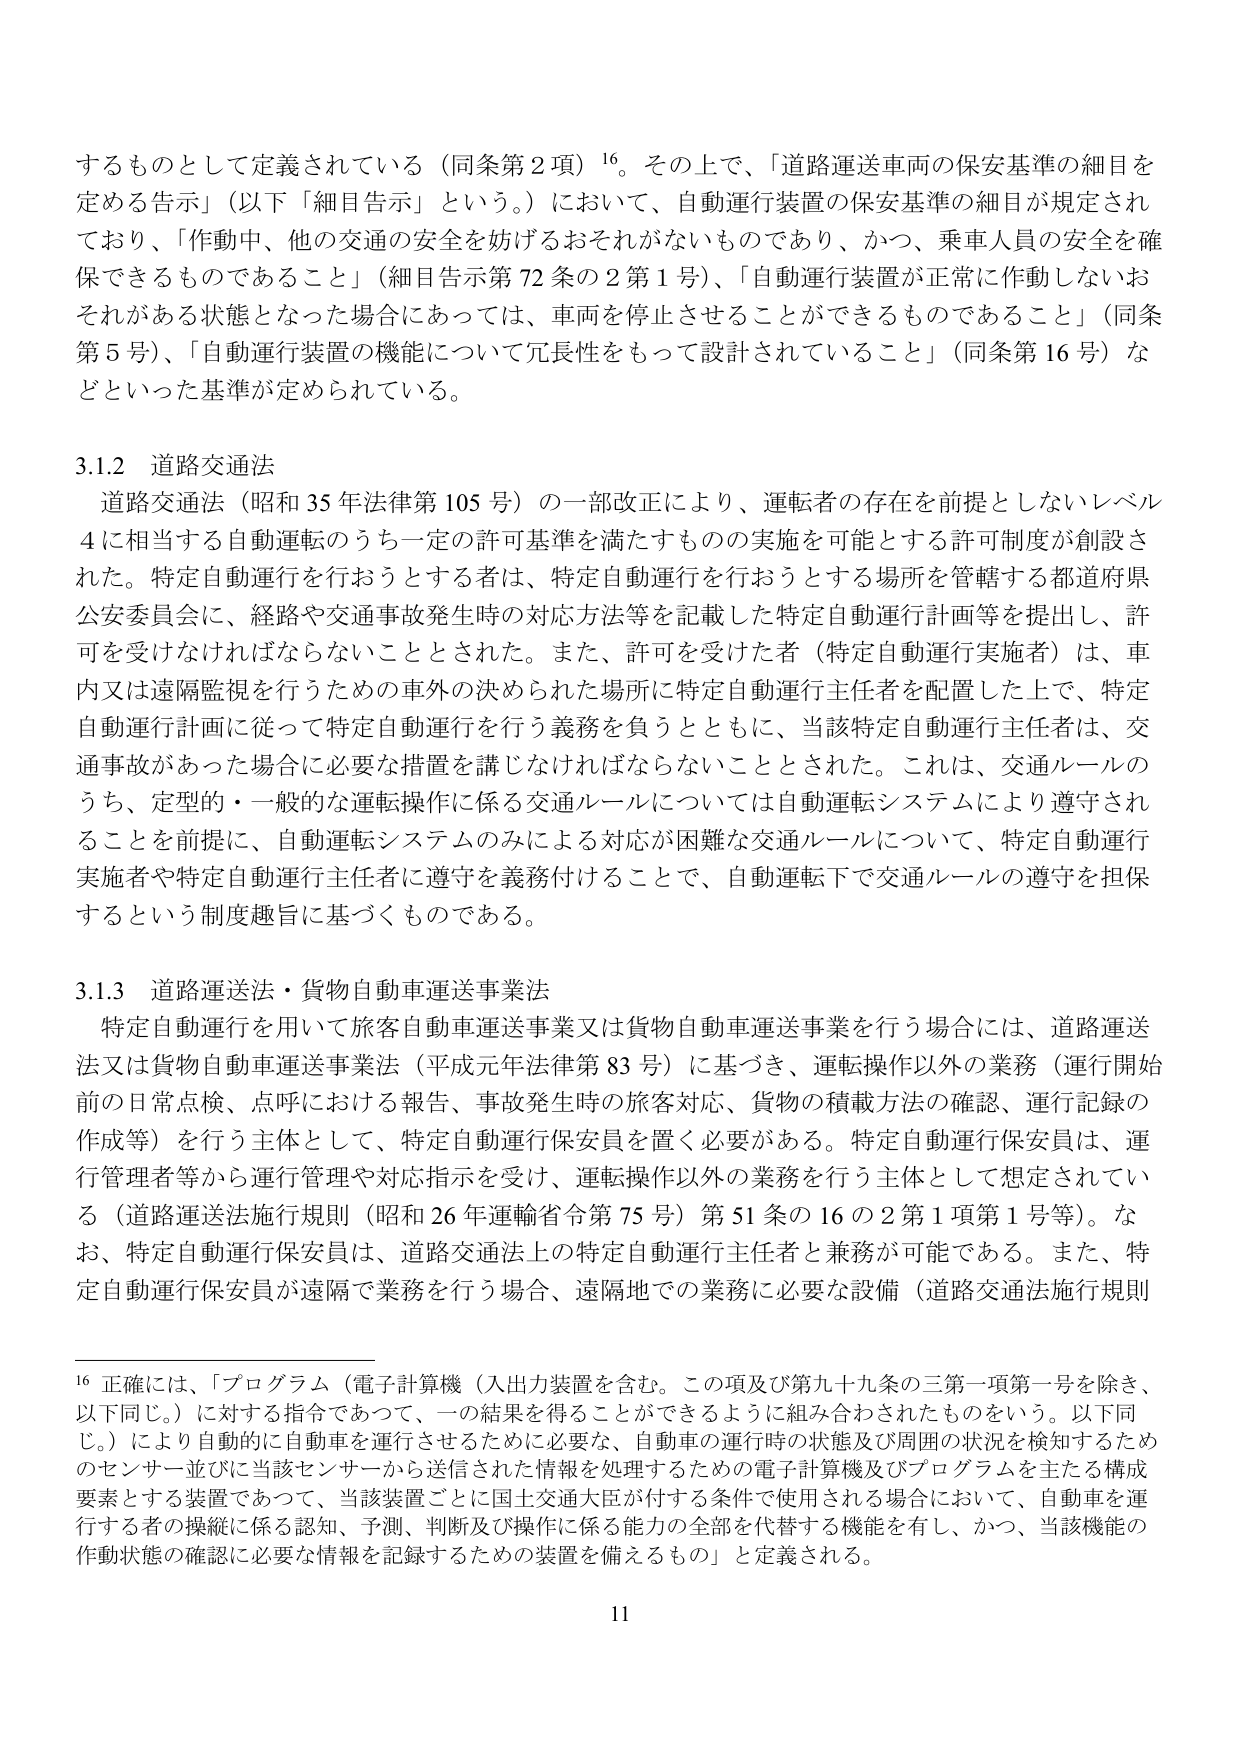
するものとして定義されている（同条第2項）¹⁶。その上で、「道路運送車両の保安基準の細目を定める告示」（以下「細目告示」という。）において、自動運行装置の保安基準の細目が規定されており、「作動中、他の交通の安全を妨げるおそれがないものであり、かつ、乗車人員の安全を確保できるものであること」（細目告示第72条の2第1号）、「自動運行装置が正常に作動しないおそれがある状態となった場合にあっては、車両を停止させることができるものであること」（同条第5号）、「自動運行装置の機能について冗長性をもって設計されていること」（同条第16号）などといった基準が定められている。

3.1.2 道路交通法
道路交通法（昭和35年法律第105号）の一部改正により、運転者の存在を前提としないレベル4に相当する自動運転のうち一定の許可基準を満たすものの実施を可能とする許可制度が創設された。特定自動運行を行おうとする者は、特定自動運行を行おうとする場所を管轄する都道府県公安委員会に、経路や交通事故発生時の対応方法等を記載した特定自動運行計画等を提出し、許可を受けなければならないこととされた。また、許可を受けた者（特定自動運行実施者）は、車内又は遠隔監視を行うための車外の決められた場所に特定自動運行主任者を配置した上で、特定自動運行計画に従って特定自動運行を行う義務を負うとともに、当該特定自動運行主任者は、交通事故があった場合に必要な措置を講じなければならないこととされた。これは、交通ルールのうち、定型的・一般的な運転操作に係る交通ルールについては自動運転システムにより遵守されることを前提に、自動運転システムのみによる対応が困難な交通ルールについて、特定自動運行実施者や特定自動運行主任者に遵守を義務付けることで、自動運転下で交通ルールの遵守を担保するという制度趣旨に基づくものである。

3.1.3 道路運送法・貨物自動車運送事業法
特定自動運行を用いて旅客自動車運送事業又は貨物自動車運送事業を行う場合には、道路運送法又は貨物自動車運送事業法（平成元年法律第83号）に基づき、運転操作以外の業務（運行開始前の日常点検、点呼における報告、事故発生時の旅客対応、貨物の積載方法の確認、運行記録の作成等）を行う主体として、特定自動運行保安員を置く必要がある。特定自動運行保安員は、運行管理者等から運行管理や対応指示を受け、運転操作以外の業務を行う主体として想定されている（道路運送法施行規則（昭和26年運輸省令第75号）第51条の16の2第1項第1号等）。なお、特定自動運行保安員は、道路交通法上の特定自動運行主任者と兼務が可能である。また、特定自動運行保安員が遠隔で業務を行う場合、遠隔地での業務に必要な設備（道路交通法施行規則

¹⁶ 正確には、「プログラム（電子計算機（入出力装置を含む。この項及び第九十九条の三第一項第一号を除き、以下同じ。）に対する指令であって、一の結果を得ることができるよう組み合わされたものをいう。以下同じ。）により自動的に自動車を運行させるために必要な、自動車の運行時の状態及び周囲の状況を検知するためのセンサー並びに当該センサーから送信された情報を処理するための電子計算機及びプログラムを主たる構成要素とする装置であって、当該装置ごとに国土交通大臣が付する条件で使用される場合において、自動車を運行する者の操縦に係る認知、予測、判断及び操作に係る能力の全部を代替する機能を有し、かつ、当該機能の作動状態の確認に必要な情報を記録するための装置を備えるもの」と定義される。

11